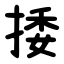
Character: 捼